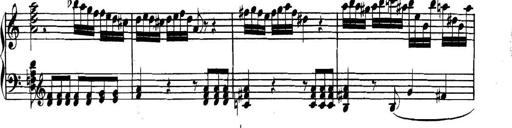
Title: Collected Piano Sonatas
Composer: Muzio Clementi